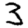
Digit: 3